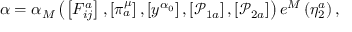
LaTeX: \alpha = \alpha _ { M } \left( \left[ F _ { i j } ^ { a } \right] , \left[ \pi _ { a } ^ { \mu } \right] , \left[ y ^ { \alpha _ { 0 } } \right] , \left[ \mathcal { P } _ { 1 a } \right] , \left[ \mathcal { P } _ { 2 a } \right] \right) e ^ { M } \left( \eta _ { 2 } ^ { a } \right) ,